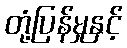
တုံ့ပြန်မှုနှင့်